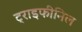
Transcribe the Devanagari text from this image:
ट्राइफीनिल